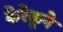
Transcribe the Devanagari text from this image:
केरेकूने